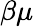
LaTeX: \beta\mu